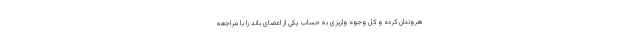
هروندان کرده و کل وجوه واریزی به حساب یکی از اعضای باند را با مراجعه